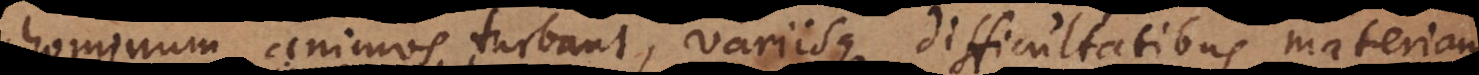
hominum animos turbant, variisque difficultatibus materiam